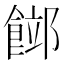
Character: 𩜛